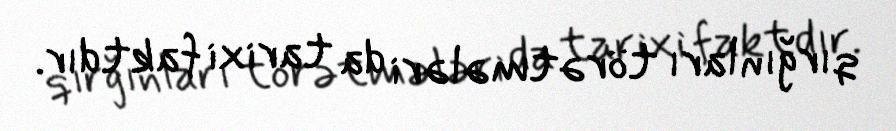
qırğınları törətmələri da tarixi faktdır.